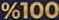
100%